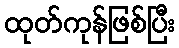
ထုတ်ကုန်ဖြစ်ပြီး